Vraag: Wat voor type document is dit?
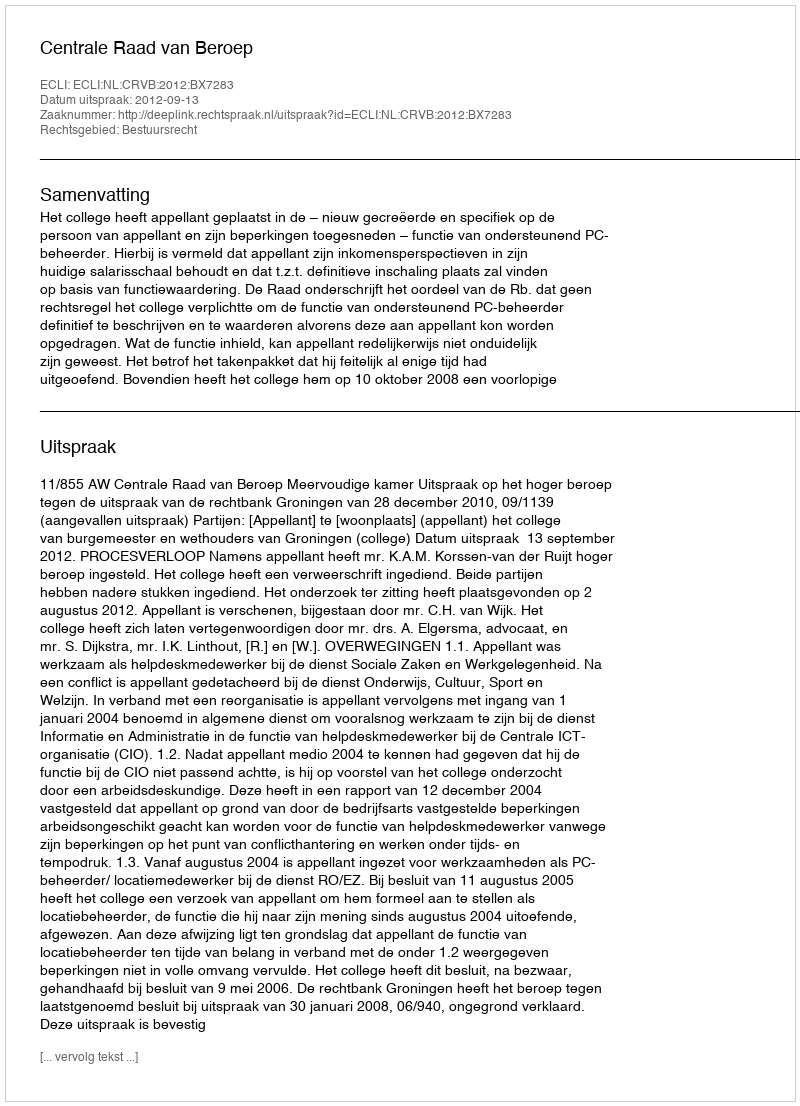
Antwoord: Uitspraak